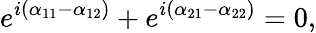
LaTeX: e^{i(\alpha_{11}-\alpha_{12})}+e^{i(\alpha_{21}-\alpha_{22})}=0,